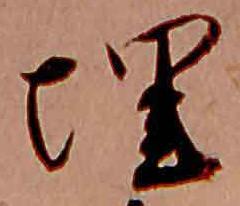
埋